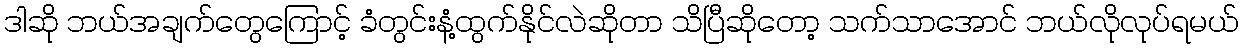
ဒါဆို ဘယ်အချက်တွေကြောင့် ခံတွင်းနံ့ထွက်နိုင်လဲဆိုတာ သိပြီဆိုတော့ သက်သာအောင် ဘယ်လိုလုပ်ရမယ်